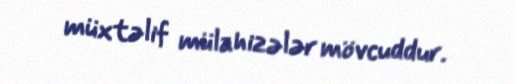
müxtəlif mülahizələr mövcuddur.